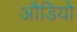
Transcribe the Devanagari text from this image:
औडियो